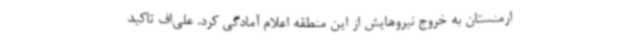
ارمنستان به خروج نیروهایش از این منطقه اعلام آمادگی کرد. علی‌اف تاکید